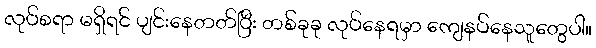
လုပ်စရာ မရှိရင် ပျင်းနေတတ်ပြီး တစ်ခုခု လုပ်နေရမှာ ကျေနပ်နေသူတွေပါ။